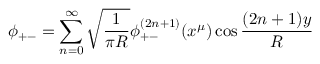
\phi _ { + - } = \sum _ { n = 0 } ^ { \infty } \sqrt { \frac { 1 } { \pi R } } \phi _ { + - } ^ { ( 2 n + 1 ) } ( x ^ { \mu } ) \cos \frac { ( 2 n + 1 ) y } { R }